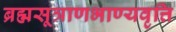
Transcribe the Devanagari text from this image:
ब्रह्मसूत्राणभाण्यवृत्ति